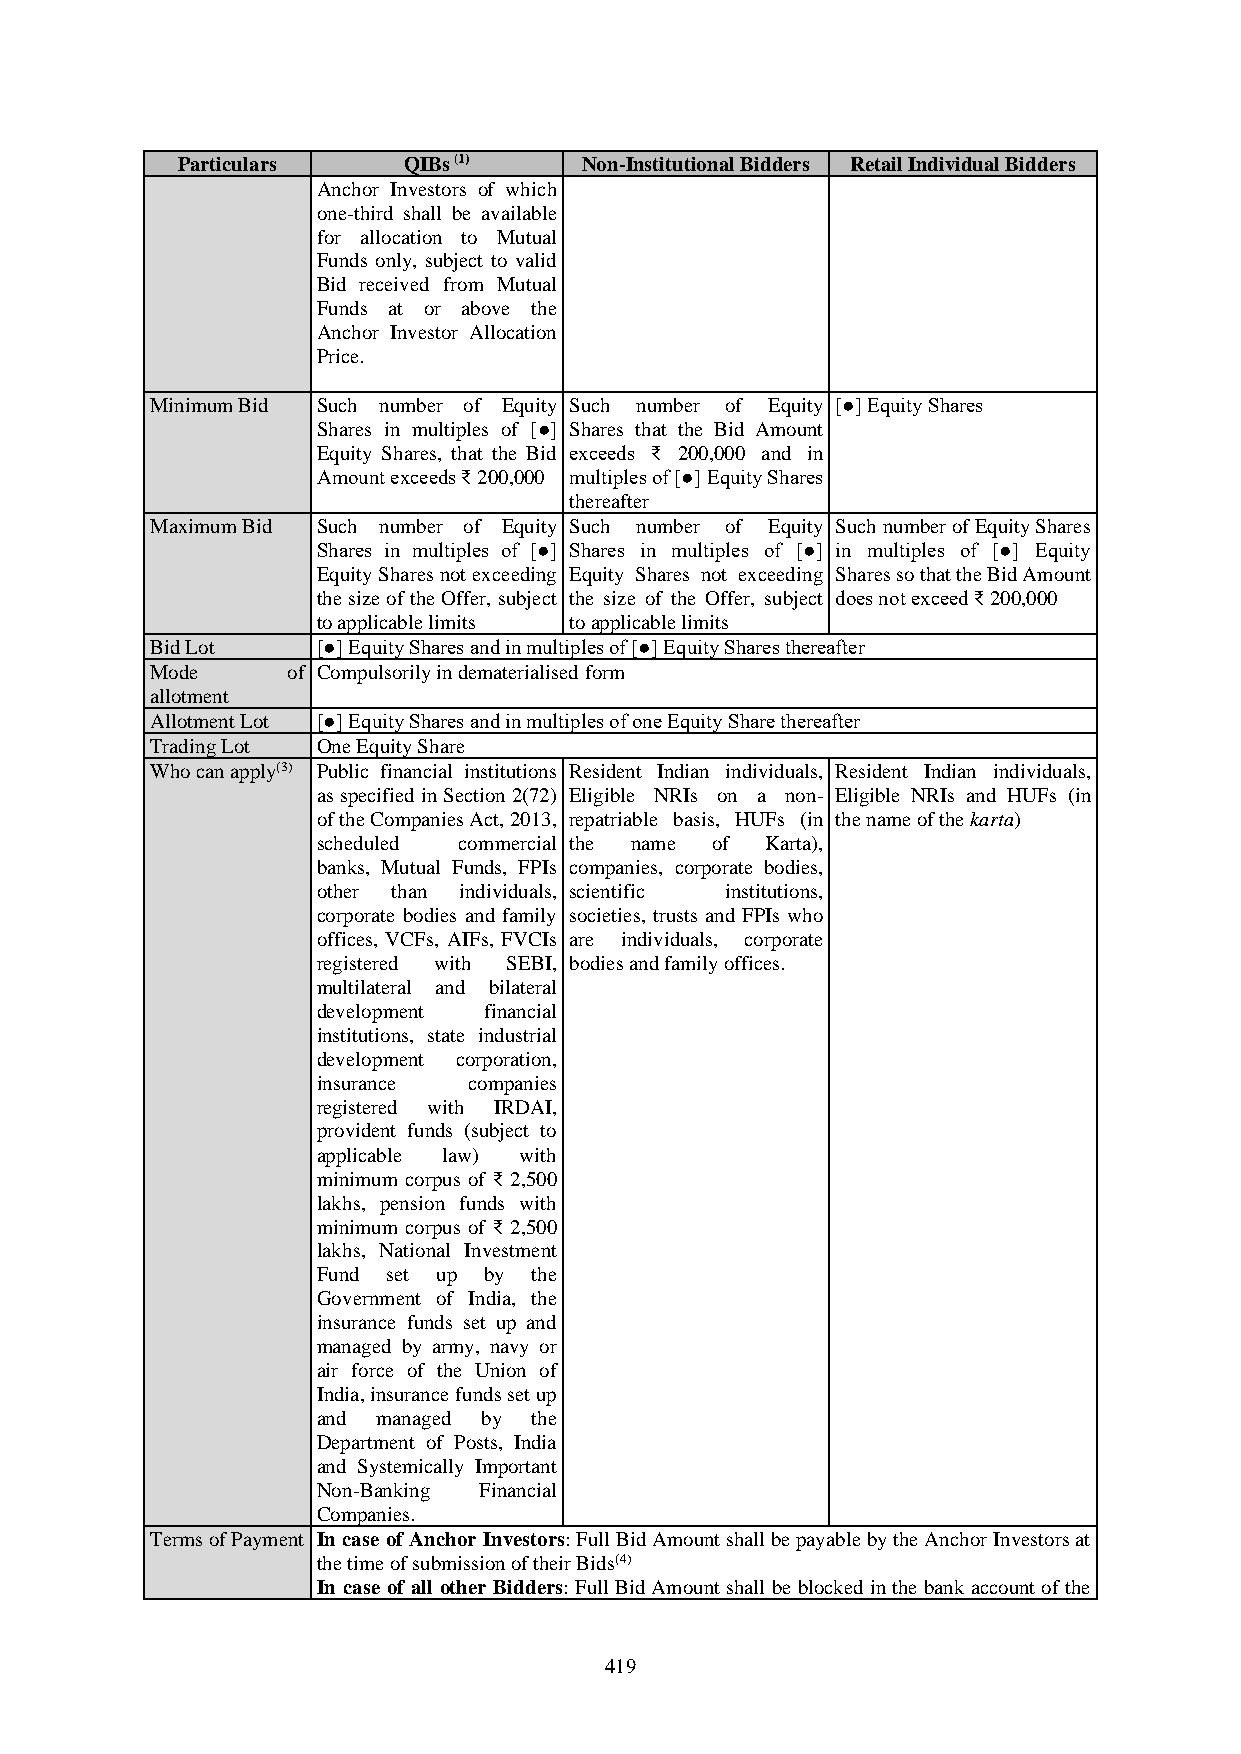
Particulars    QIBs (1)    Non-Institutional Bidders Retail Individual Bidders
 Anchor Investors of which
 one-third shall be available
 for allocation to Mutual
 Funds only, subject to valid
 Bid received from Mutual
 Funds at or above the
 Anchor Investor Allocation
 Price.
 Minimum Bid Such number of Equity Such number of Equity [●] Equity Shares
 Shares in multiples of [●] Shares that the Bid Amount
 Equity Shares, that the Bid exceeds ₹ 200,000 and in
 Amount exceeds ₹ 200,000 multiples of [●] Equity Shares
 thereafter
 Maximum Bid Such number of Equity Such number of Equity Such number of Equity Shares
 Shares in multiples of [●] Shares in multiples of [●] in multiples of [●] Equity
 Equity Shares not exceeding Equity Shares not exceeding Shares so that the Bid Amount
 the size of the Offer, subject the size of the Offer, subject does not exceed ₹ 200,000
 to applicable limits to applicable limits
 Bid Lot    [●] Equity Shares and in multiples of [●] Equity Shares thereafter
 Mode     of Compulsorily in dematerialised form
 allotment
 Allotment Lot [●] Equity Shares and in multiples of one Equity Share thereafter
 Trading Lot One Equity Share
 Who can apply(3) Public financial institutions Resident Indian individuals, Resident Indian individuals,
 as specified in Section 2(72) Eligible NRIs on a non- Eligible NRIs and HUFs (in
 of the Companies Act, 2013, repatriable basis, HUFs (in the name of the karta)
 scheduled commercial the name of Karta),
 banks, Mutual Funds, FPIs companies, corporate bodies,
 other than individuals, scientific institutions,
 corporate bodies and family societies, trusts and FPIs who
 offices, VCFs, AIFs, FVCIs are individuals, corporate
 registered with SEBI, bodies and family offices.
 multilateral and bilateral
 development financial
 institutions, state industrial
 development corporation,
 insurance companies
 registered with IRDAI,
 provident funds (subject to
 applicable law) with
 minimum corpus of ₹ 2,500
 lakhs, pension funds with
 minimum corpus of ₹ 2,500
 lakhs, National Investment
 Fund set up by the
 Government of India, the
 insurance funds set up and
 managed by army, navy or
 air force of the Union of
 India, insurance funds set up
 and managed by the
 Department of Posts, India
 and Systemically Important
 Non-Banking Financial
 Companies.
 Terms of Payment In case of Anchor Investors: Full Bid Amount shall be payable by the Anchor Investors at
 the time of submission of their Bids(4)
 In case of all other Bidders: Full Bid Amount shall be blocked in the bank account of the
 419